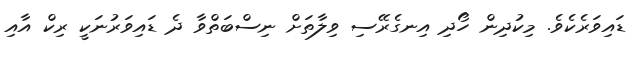
ޑައިވަރެކެވެ. މިކުދިން ހޯދި އިނގެރޭސި ވިލާތަށް ނިސްބަތްވާ ދެ ޑައިވަރުނަކީ ރިކް އާއި